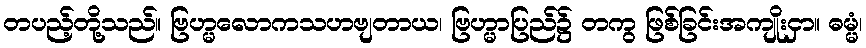
တပည့်တို့သည်။ ဗြဟ္မလောကသဟဗျတာယ၊ ဗြဟ္မာပြည်၌ တကွ ဖြစ်ခြင်းအကျိုးငှာ။ ဓမ္မံ၊